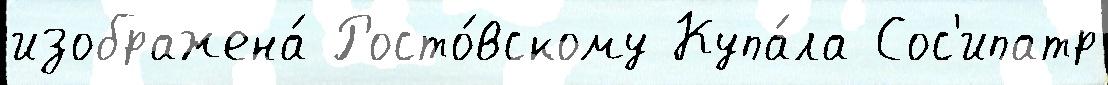
изображена́ Росто́вскому Купа́ла Сос'ипатр